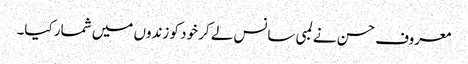
معروف حسن نے لمبی سانس لے کر خود کو زندوں میں شمار کیا۔